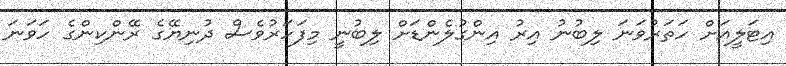
އިޓަލީއަށް ހަތަރުވަނަ ލިބުނު އިރު އިންގުލެންޑަށް ލިބުނީ މިފަހަރުވެސް ދުނިޔޭގެ ރޭންކިންގެ ހަވަނަ